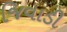
જિવાડી